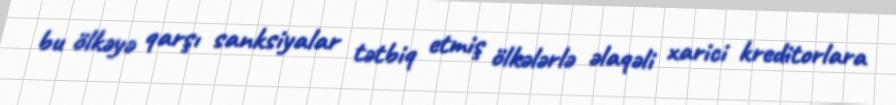
bu ölkəyə qarşı sanksiyalar tətbiq etmiş ölkələrlə əlaqəli xarici kreditorlara